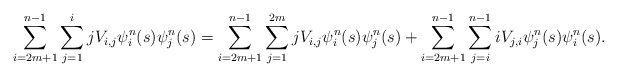
\begin{align*}\sum_{i=2m+1}^{n-1}\sum_{j=1}^{i}jV_{i,j}\psi^{n}_i(s)\psi^{n}_j(s)&=\sum_{i=2m+1}^{n-1}\sum_{j=1}^{2m}jV_{i,j}\psi^{n}_i(s)\psi^{n}_j(s) + \sum_{i=2m+1}^{n-1}\sum_{j=i}^{n-1}iV_{j,i}\psi^{n}_j(s)\psi^{n}_i(s).\end{align*}